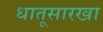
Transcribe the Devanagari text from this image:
धातूसारखा